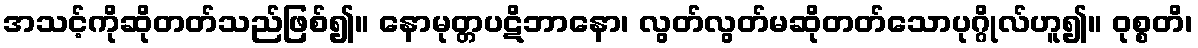
အသင့်ကိုဆိုတတ်သည်ဖြစ်၍။ နောမုတ္တပဋိဘာနော၊ လွတ်လွတ်မဆိုတတ်သောပုဂ္ဂိုလ်ဟူ၍။ ဝုစ္စတိ၊